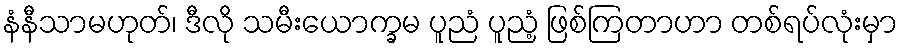
နံနီသာမဟုတ်၊ ဒီလို သမီးယောက္ခမ ပူညံ ပူညံ့ ဖြစ်ကြတာဟာ တစ်ရပ်လုံးမှာ